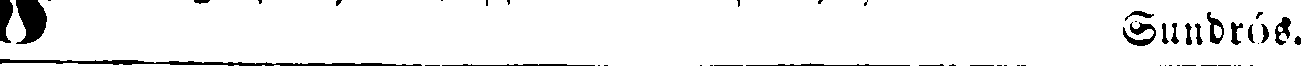
W Sundrós.